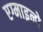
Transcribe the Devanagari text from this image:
एग्माइनो